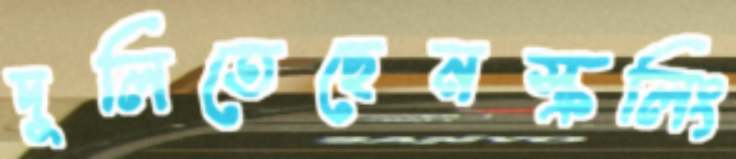
দুলিতেছেনস্ক্রলিং